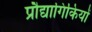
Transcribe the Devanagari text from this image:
प्रौद्यागिकियों